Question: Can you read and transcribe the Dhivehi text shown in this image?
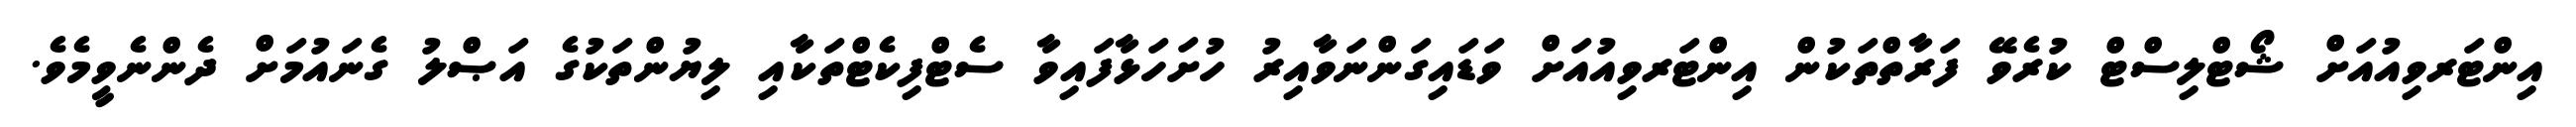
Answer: އިންޓަރވިއުއަށް ޝޯޓްލިސްޓް ކުރެވޭ ފަރާތްތަކުން އިންޓަރވިއުއަށް ވަޑައިގަންނަވާއިރު ހުށަހަޅާފައިވާ ސެޓްފިކެޓްތަކާއި ލިޔުންތަކުގެ އަޞްލު ގެނައުމަށް ދެންނެވީމެވެ.